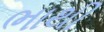
ભાથી